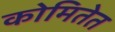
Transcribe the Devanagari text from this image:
कोमितेत